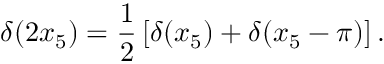
\delta ( 2 x _ { 5 } ) = \frac { 1 } { 2 } \left[ \delta ( x _ { 5 } ) + \delta ( x _ { 5 } - \pi ) \right] .